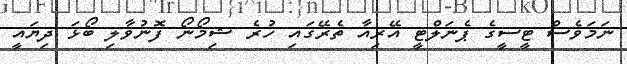
ނަމަވެސް ޓީސީގެ ޕެނަލްޓީ އޭރިއާ ތެރޭގައި ހުރެ ޝިމޯނޯ ފޮނުވާލި ބޯޅަ ދިޔައީ